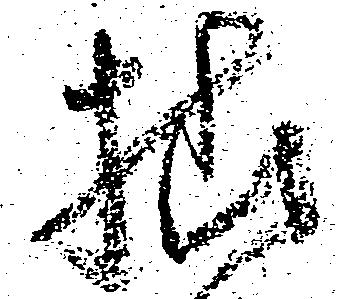
様